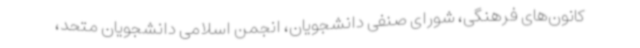
کانون‌های فرهنگی، شورای صنفی دانشجویان، انجمن اسلامی دانشجویان متحد،